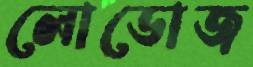
লোডোজ